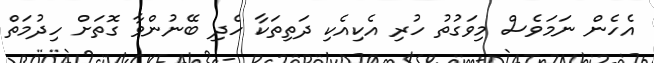
އެހެން ނަމަވެސް މިވަގުތު ހުރި އެކިއެކި ދަތިތަކާ ހެދި ބޭނުންވާ ގޮތަށް ހިދުމަތް